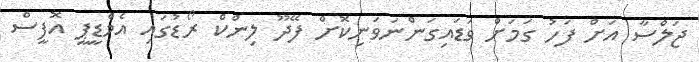
ޖަލްސާ އަށް ފަހު ގަމަށް ވަޑައިގަންނަވަނިކޮށް ފޭދޫ ލިންކް ރޯޑުގައި އެމްޑީޕީ އޮފީސް